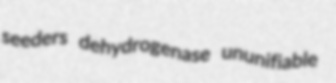
seeders dehydrogenase ununifiable